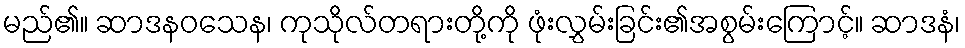
မည်၏။ ဆာဒနဝသေန၊ ကုသိုလ်တရားတို့ကို ဖုံးလွှမ်းခြင်း၏အစွမ်းကြောင့်။ ဆာဒနံ၊